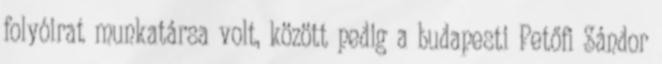
folyóirat munkatársa volt, között pedig a budapesti Petőfi Sándor